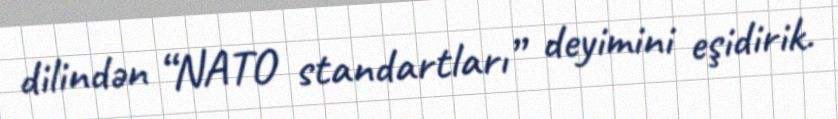
dilindən “NATO standartları” deyimini eşidirik.